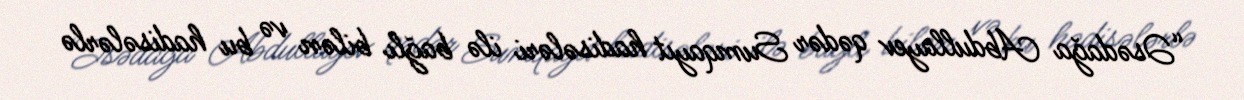
“Əsədağa Abdullayev qədər Sumqayıt hadisələri ilə bağlı bilən və bu hadisələrlə